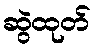
ဆွဲထုတ်